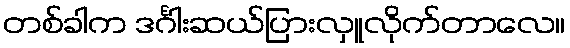
တစ်ခါက ဒင်္ဂါးဆယ်ပြားလှူလိုက်တာလေ။